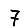
Digit: 7